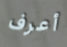
أعرف